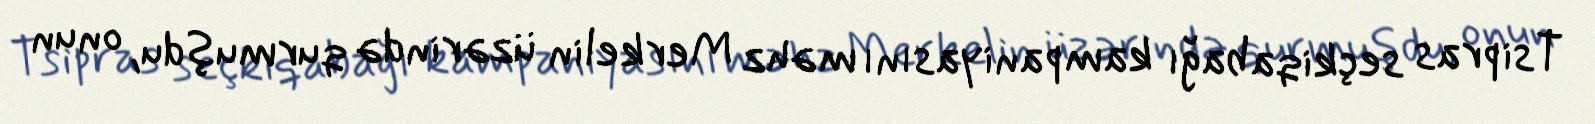
Tsipras seçkiqabağı kampaniyasını məhz Merkelin üzərində qurmuşdu, onun